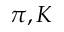
\pi , K